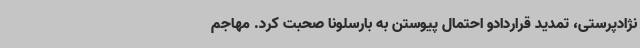
نژادپرستی، تمدید قراردادو احتمال پیوستن به بارسلونا صحبت کرد. مهاجم